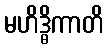
မဟိဒ္ဓိကာတိ